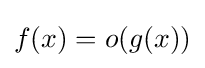
f(x)=o(g(x))